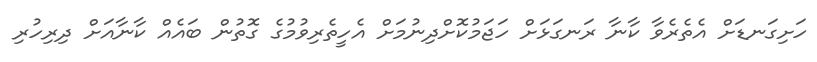
ހަށިގަނޑަށް އެތެރެވާ ކާނާ ރަނގަޅަށް ހަޖަމުކޮށްދިނުމަށް އެހީތެރިވުމުގެ ގޮތުން ބައެއް ކާނާއަށް ދިރިހުރި